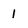
Character: 1